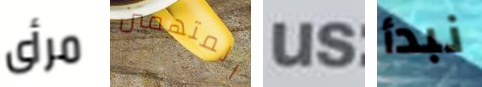
مرأى المتهمين us نبدأ